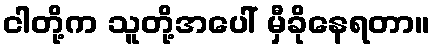
ငါတို့က သူတို့အပေါ် မှီခိုနေရတာ။